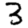
Digit: 3